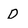
Character: D